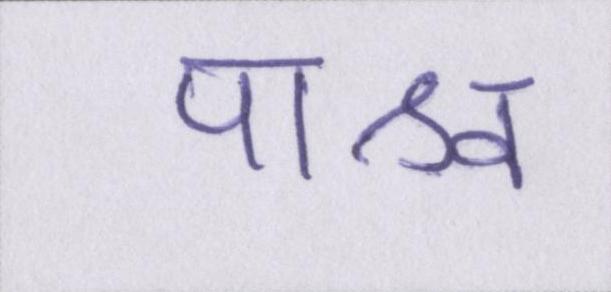
पाश्र्व